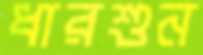
ধারশুন